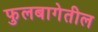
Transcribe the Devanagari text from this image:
फुलबागेतील